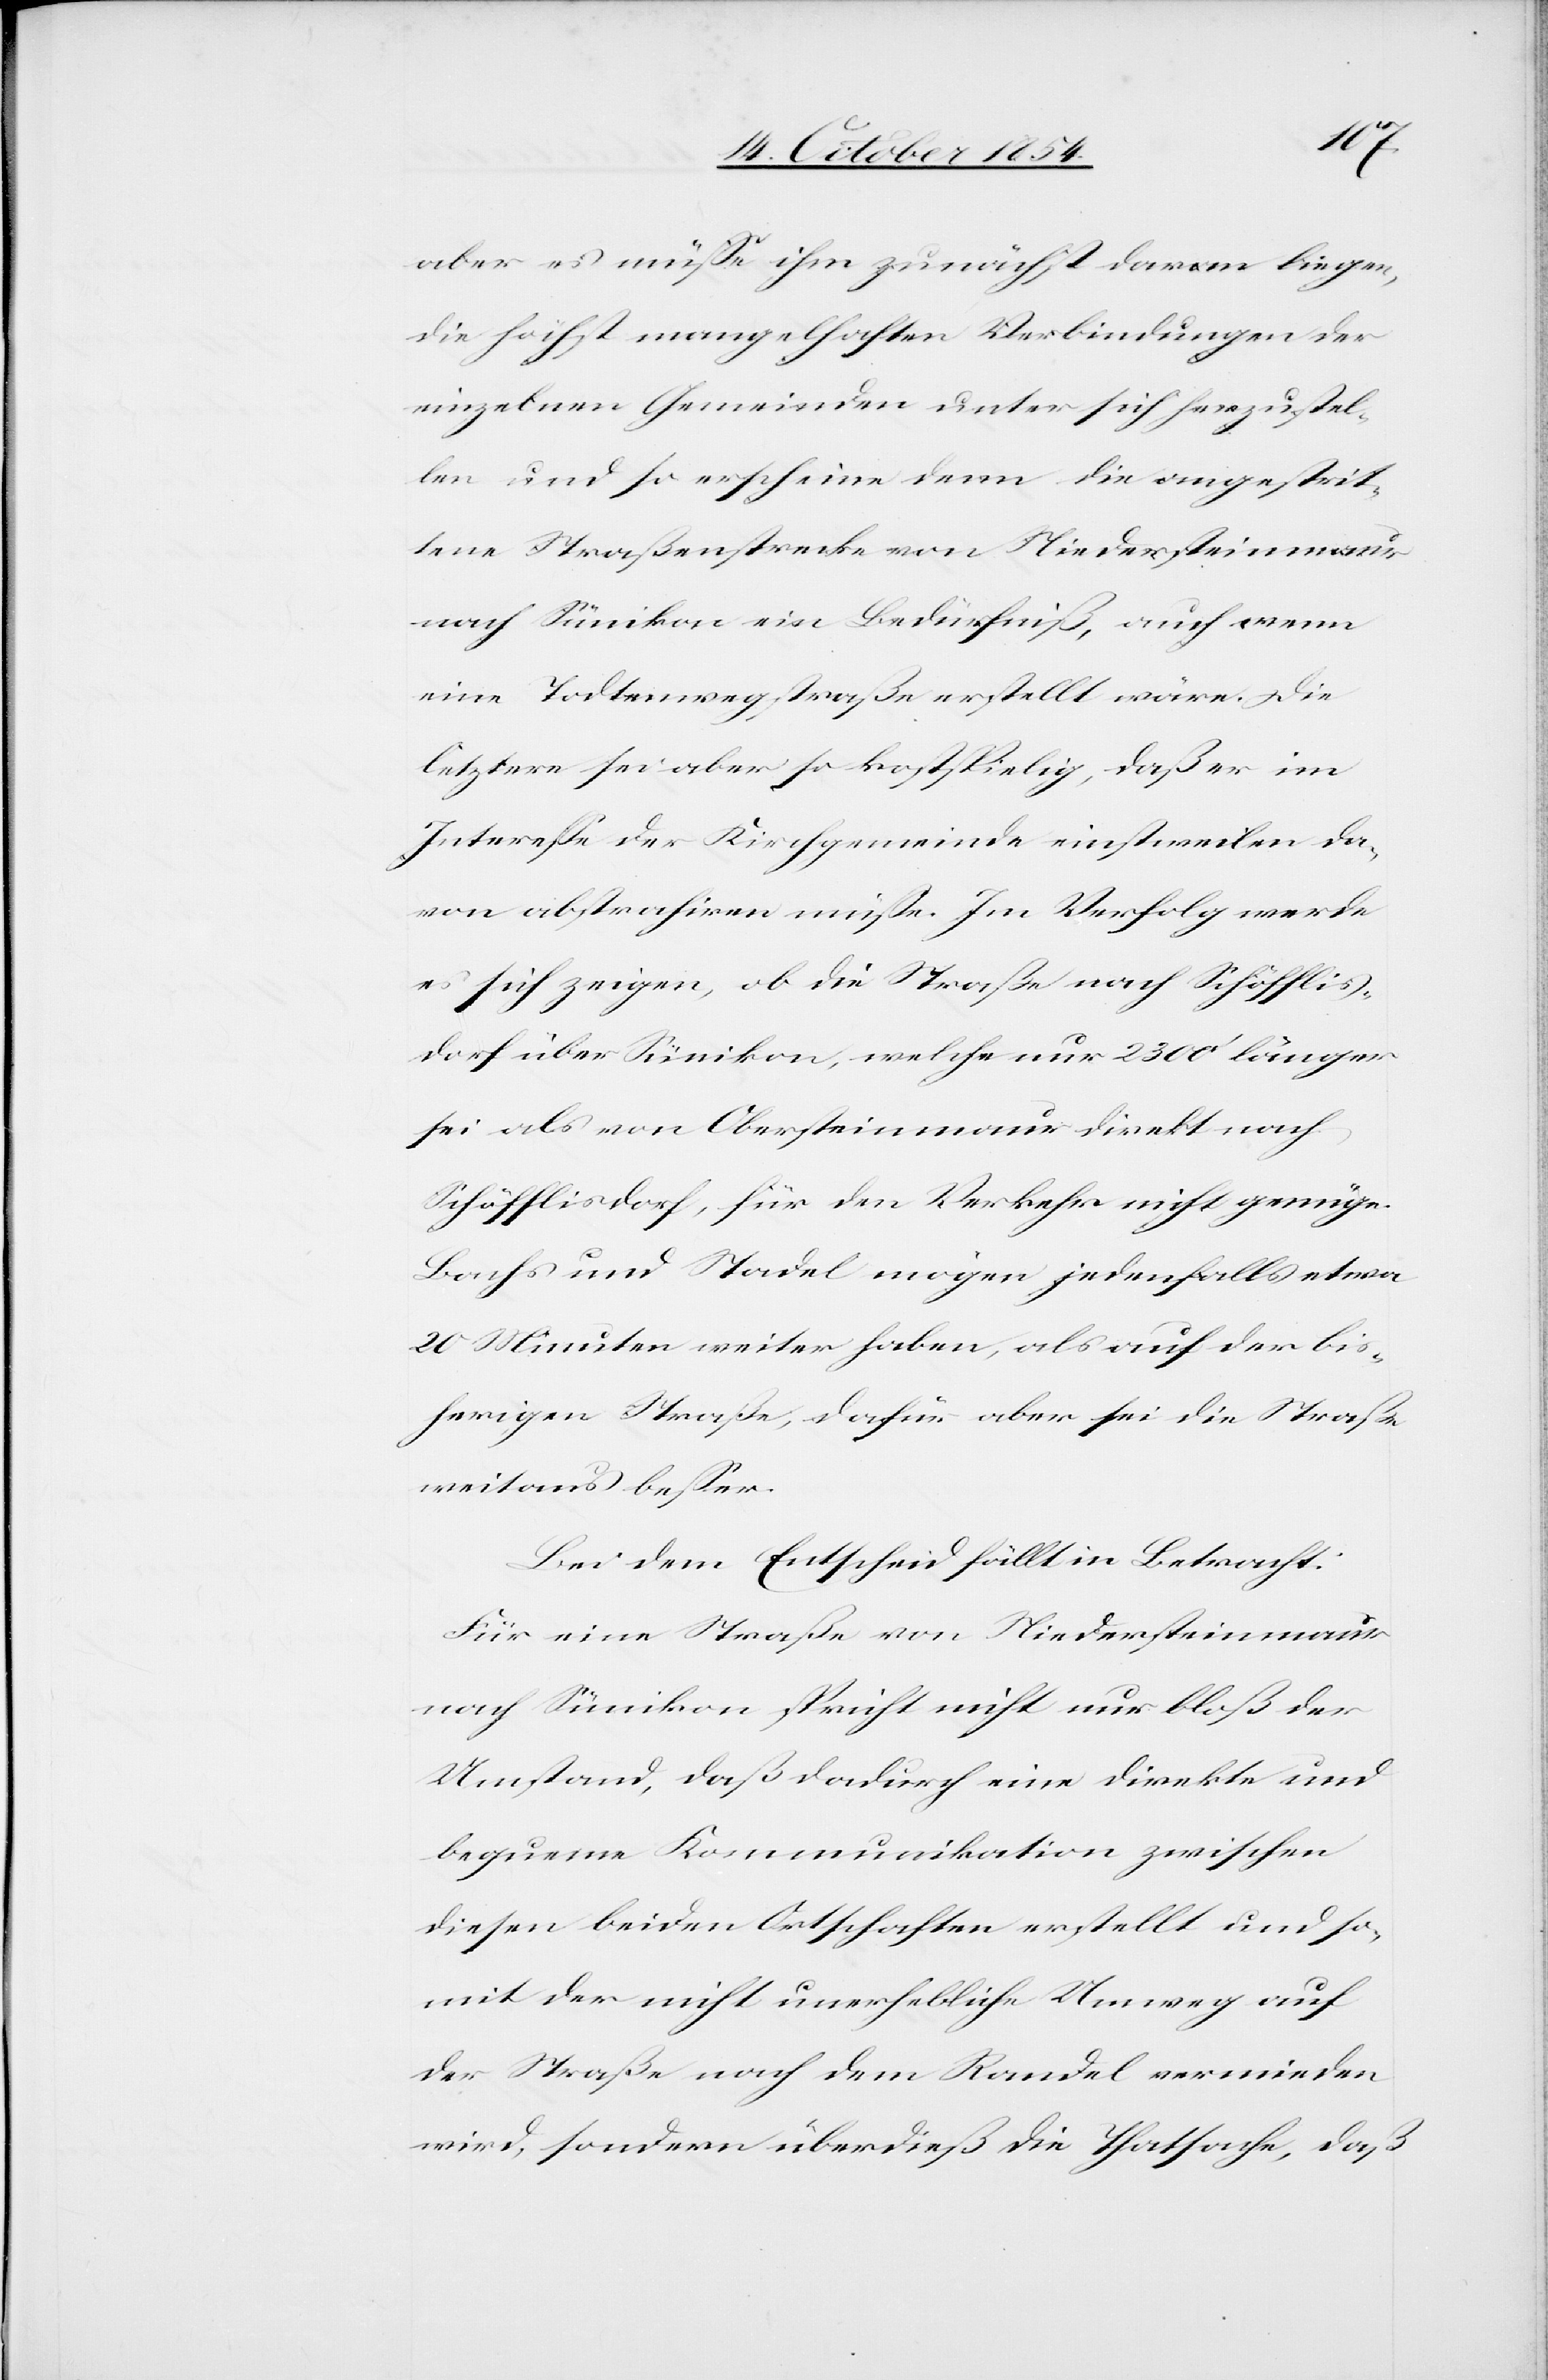
aber es müße ihm zunächst daran liegen,
die höchst mangelhaften Verbindungen der
einzelnen Gemeinden unter sich herzustel¬
len und so erscheine denn die angestrit¬
tene Straßenstrecke von Niedersteinmaur
nach Sünikon ein Bedürfniß, auch wenn
eine Todtenwegstraße erstellt wäre. Die
letztere sei aber so kostspielig, daß er im
Intereße der Kirchgemeinde einstweilen da¬
von abstrahiren müße. Im Verfolg werde
es sich zeigen, ob die Straße nach Schöfflis¬
dorf über Sünikon, welche nur 2300‘ länger
sei als von Obersteinmaur direkt nach
Schöfflisdorf, für den Verkehr nicht genüge.
Bachs und Stadel mögen jedenfalls etwa
20 Minuten weiter haben, als auf der bis¬
herigen Straße, dafür aber sei die Straße
weitaus beßer.
Bei dem Entscheid fällt in Betracht:
Für eine Straße von Niedersteinmaur
nach Sünikon spricht nicht nur bloß der
Umstand, daß dadurch eine direkte und
bequeme Kommunikation zwischen
diesen beiden Ortschaften erstellt und so¬
mit der nicht unerhebliche Umweg auf
der Straße nach dem Randel vermieden
wird, sondern überdieß die Thatsache, daß